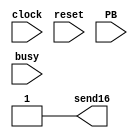
`timescale 1ns / 1ps
//////////////////////////////////////////////////////////////////////////////////
// Company: 
// Engineer: 
// 
// Design Name: 
// Module Name: tx_sequence
// Project Name: 
// Target Devices: 
// Tool Versions: 
// Description: 
// 
// Dependencies: 
// 
// Revision:
// Revision 0.01 - File Created
// Additional Comments:
// 
//////////////////////////////////////////////////////////////////////////////////
module TX_sequence 
(
	input clock,
	input reset,
	input PB,             //PushButton
	output reg send16,    // Si esta alto, se deben transmitir 16 bits (2 bytes)
    input busy);         // Si esta alto, la UART se encuentra transmitiendo un dato
    
    reg[1:0] next_state, state; 

    //state encoding
    localparam IDLE 		 = 2'd0;  // Esperando dato
    localparam TX_RESULTADO  = 2'd1;  // Transmitiendo el primer operando

    // combo logic of FSM
    always@(*) begin
        //default assignments
        next_state = state;
        send16 = 1'b1;
    	
    	case (state)
    		IDLE: 	begin
						if(PB & ~busy) begin
							next_state=TX_RESULTADO;
						end
					end


            TX_RESULTADO: begin
                         
                            if(~busy) begin
                                next_state=IDLE;
                            end
						end	
    	endcase
    end	

    //when clock ticks, update the state
    always@(posedge clock) begin
    	if(reset)
    		state <= IDLE;
    	else
    		state <= next_state;
	end
	
endmodule